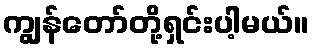
ကျွန်တော်တို့ရှင်းပါ့မယ်။